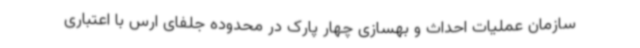
سازمان عملیات احداث و بهسازی چهار پارک در محدوده جلفای ارس با اعتباری